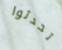
تحدثوا